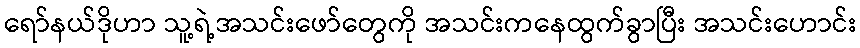
ရော်နယ်ဒိုဟာ သူ့ရဲ့အသင်းဖော်တွေကို အသင်းကနေထွက်ခွာပြီး အသင်းဟောင်း